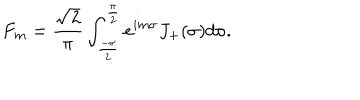
F _ { m } = \frac { \sqrt { 2 } } { \pi } \int _ { \frac { - \pi } { 2 } } ^ { \frac { \pi } { 2 } } e ^ { i m \sigma } J _ { + } ( \sigma ) d \sigma .